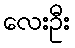
လေးဦး